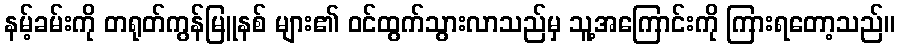
နမ့်ခမ်းကို တရုတ်ကွန်မြူနစ် များ၏ ဝင်ထွက်သွားလာသည်မှ သူ့အကြောင်းကို ကြားရတော့သည်။